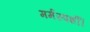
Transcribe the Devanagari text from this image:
मर्मस्पर्शी।